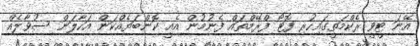
އޭނަ ޓީވީ ރެކްމަތީގައިހުރި ފޮޓޯ ފްރޭމްތައް ފެނުމުން އެއީ ކޮންބަޔެއްކަން އަހާލަން ސުވާލެއް